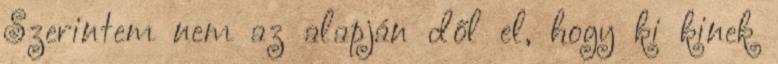
Szerintem nem az alapján dől el, hogy ki kinek